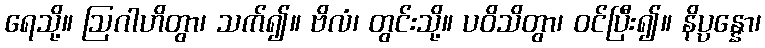
ရေသို့။ ဩဂါဟိတွာ၊ သက်၍။ ဗိလံ၊ တွင်းသို့။ ပဝိသိတွာ၊ ဝင်ပြီး၍။ နိပ္ပန္နော၊